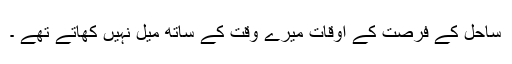
ساحل کے فرصت کے اوقات میرے وقت کے ساتھ میل نہیں کھاتے تھے ۔